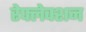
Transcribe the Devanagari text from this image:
रेफ्लेक्शन